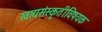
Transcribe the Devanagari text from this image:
खाद्यसंस्कृतीविषयक